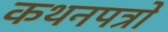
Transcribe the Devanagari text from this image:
कथनपत्रों